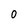
Character: 0